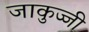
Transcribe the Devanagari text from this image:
जाकुज्जी